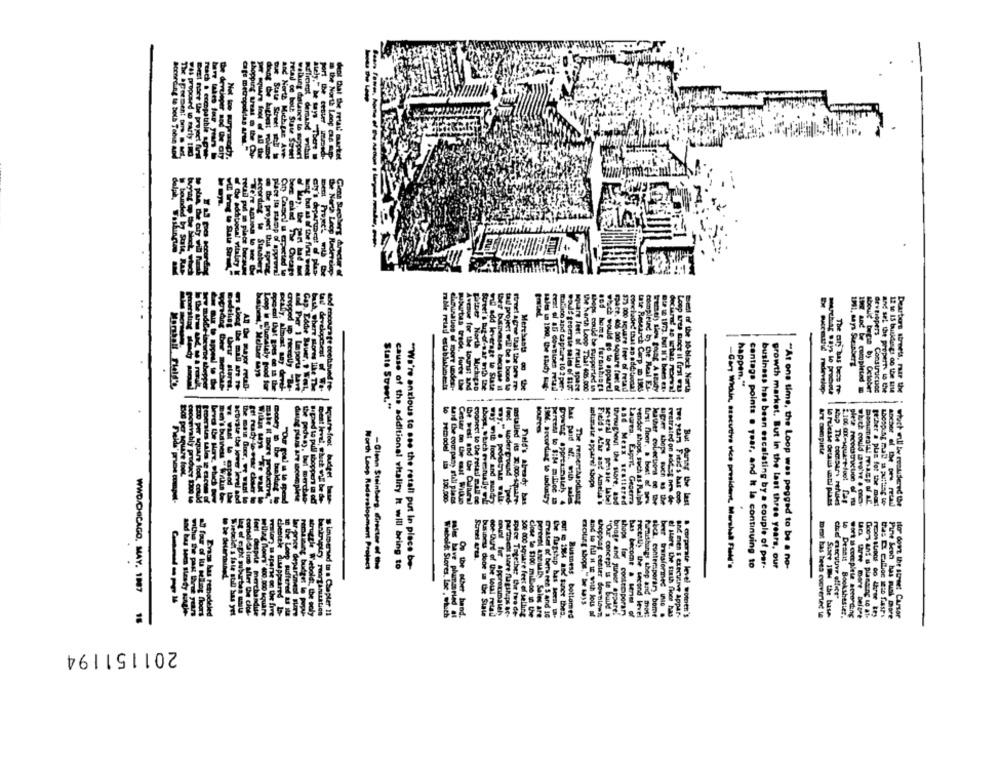
--
the North Lecp Rederek
Mere
191, says Steinberg
madde ineine shoppe
the mill art
developobrat of W
encourage continued
happen."
poradog ther merchan
AT the major metal-
sataos of more undes :-
tas trade. force the
for the tourist ind
North Michigan
add leverage to State
@ tbe
no and capture 10 2 per-
generate sales of $ist
De Feet of retad space
arth Loop That 405.000
could be supported In
home furnishings
would go to apparel
000 square feet of
0 square feet of metal
Research Carp D 1923
ti) ties going A study
of the 30-black North
The Br bs beas ty
should begin by October
developers Construction
and sei the propert io the
12 se 15 busidasgs oo the site
Dearturs streets, razr the
Stats Sten."
Art Compieta
2,100 @x-square-1001
Intimate apparel shops
make it more productris,
conceivably produce 1300 te
DID per square foot, could
activate the lower level ssd
B.phed to pull shoppers ta eff
mest level, which WE be de
5 14:0004 13 100.200
said the coorpany still plans
the west and the Cultural
conect to the retail guilt se
shopt, tuch eventually wif
Installed its X.000-Square-
Field's already bas
ISM, Recording to sdustry
The remerchandising
Fitas All and Amelia's
and Mens sestiered
Laurea. Fagrit Geserra
leather colections ce the
UDer shops Buch & the
Fretrated on add et nes de
twe years Field's has coo
But during the last
glete reconstruction of m
vendor shops, such as Ralph
Etcher a plan fot the mo
Worth Loop Raderslopment Project
-Glenn Steinberg, directe of the
cause of the additional vitality It will bring to
-Cart Wicun, szacutive vice president. Marshal Field's
cantage points . year, and k la continuing to
business has been escalating by a couple of par-
growth market. But in the last three years, our
"At one time, the Loop was pegged to be a no-
"We're anxious to see the retali put in place be-
WWD/CHICAGO, MAY. 1907
che marcuuve office-
notig shops." >e Mays
far of lu selling floors
Evans has remodeled
Mler the clos-
in the Loop suffered af its
Struggle Webold :, the soly
immersed to a Chapter 11
business done in the State
count for Appreciateh
Close to $300 milice it the
out & 1984 and tuner thes.
and to Kul N tE with lots of
brage and junice oppure!
has become .unit
slick, contemporary bome
beer transformed Into .
within the past three years
feet despite merchandute
valor; u aparte oc the fire
cheotele dituppered L-
Lar pner department Bliry
Wiebold: Stores, Ine , which
On the other hand.
partset store flagstups Be-
space Together the two Ce-
900 000 square feet of selling
Perten ARDILADN Sales are
ETTALE of between 1 and 10
the flagstup has been wh-
Busmess bottomed
shopping center downtown
"Ou concept ss te build a
shops for contemporary
recentis the second level
furnishings shop and most
el Mere. the Sixth fhoes has
BAC men s executive appar-
& corporate levei women's
meat bas bees cucverted ta
Since 194 the buse
Lo Dessus Bookshester.
wort as cor piete according
Pine Scon has much more
Itor down the street Carsar
18
201151194